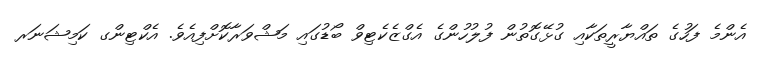
އެންމެ ފަހުގެ ތައްޔާރީތަކާއި ގުޅޭގޮތުން ފުލުހުންގެ އެގްޒެކެޓިވް ބޯޑުގައި މަޝްވަރާކޮށްފިއެވެ. އެކްޓިންގ ކަމިޝަނަރ